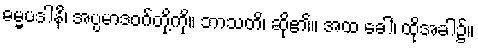
ဓမ္မပဒါနိ၊ အပ္ပမာဒဝဂ်တို့ကို။ ဘာသတိ၊ ဆို၏။ အထ ခေါ၊ ထိုအခါ၌။